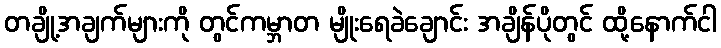
တချို့အချက်များကို တွင်ကမ္ဘာတ မျိုးရေခဲချောင်း အချိန်ပိုတွင် ထို့နောက်ငါ